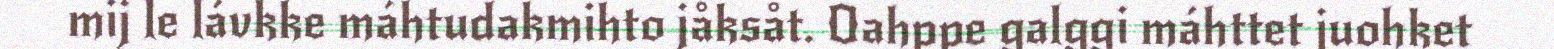
mij le lávkke máhtudakmihto jåksåt. Oahppe galggi máhttet juohket